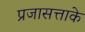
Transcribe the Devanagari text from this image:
प्रजासत्ताके